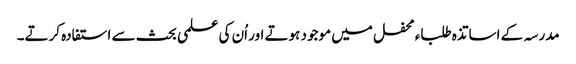
مدرسہ کے اساتذہ طلباء محفل میں موجود ہوتے اور اُن کی علمی بحث سے استفادہ کرتے۔